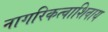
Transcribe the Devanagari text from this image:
नागरिकत्वाशिवाय